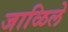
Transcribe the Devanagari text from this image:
जाळिले